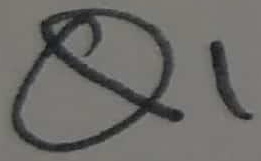
Text: Q1